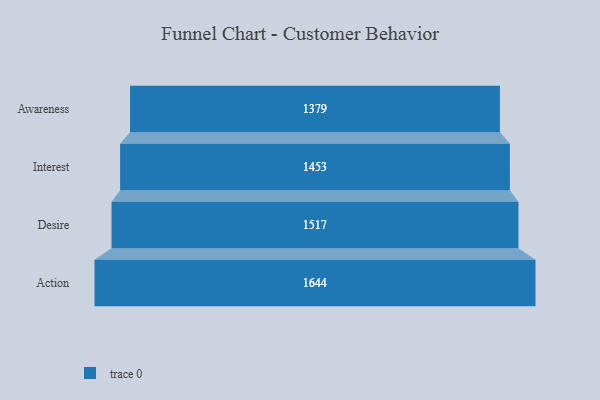
{"axis": {"x": "Stage", "y": "Value"}, "legend": [""], "data": [{"x": "Awareness", "y": 1379.0, "type": ""}, {"x": "Interest", "y": 1453.0, "type": ""}, {"x": "Desire", "y": 1517.0, "type": ""}, {"x": "Action", "y": 1644.0, "type": ""}]}